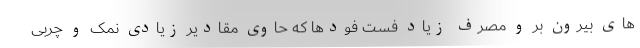
های بیرون بر و مصرف زیاد فست فودها که حاوی مقادیر زیادی نمک و چربی